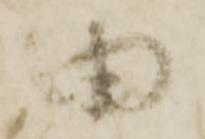
由